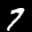
Label: 7